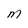
Character: M